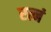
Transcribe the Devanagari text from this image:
रत्नं